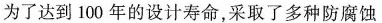
为了达到100年的设计寿命，采取了多种防腐蚀